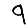
Digit: 9